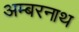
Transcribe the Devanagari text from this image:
अम्‍बरनाथ